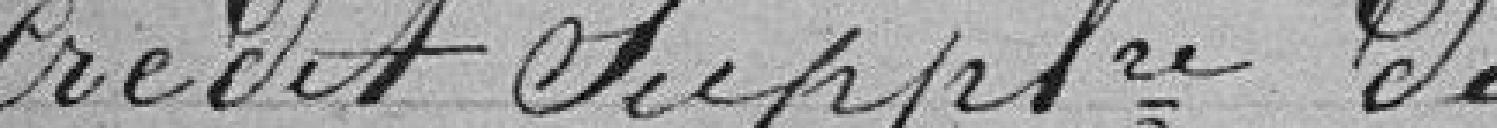
Crédit supplémentaire de